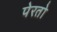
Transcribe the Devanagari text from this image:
पेरतो